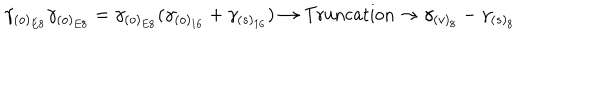
\gamma _ { ( o ) _ { E 8 } } \gamma _ { ( o ) _ { E 8 } } = \gamma _ { ( o ) _ { E 8 } } ( \gamma _ { ( o ) _ { 1 6 } } + \gamma _ { ( s ) _ { 1 6 } } ) \rightarrow \mathrm { T r u n c a t i o n } \rightarrow \gamma _ { ( v ) _ { 8 } } - \gamma _ { ( s ) _ { 8 } } \,